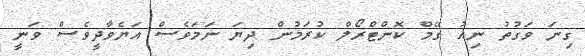
ގިނަ ވަގުތު ނިއު ގޭމް ކޮންޓްރޯލް ކުރަމުން ދިޔަ ނަމަވެސް އަޔެވާދީވެސް ވަނީ